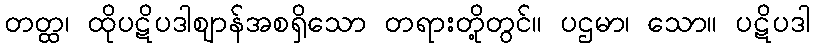
တတ္ထ၊ ထိုပဋိပဒါဈာန်အစရှိသော တရားတို့တွင်။ ပဌမာ၊ သော။ ပဋိပဒါ